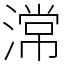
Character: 𣻸